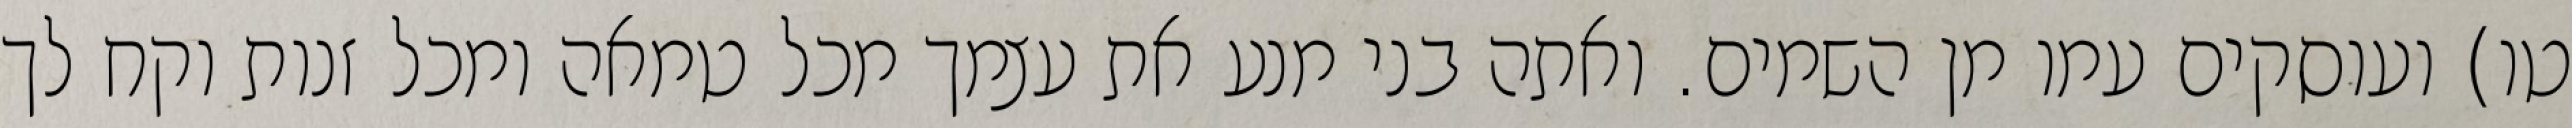
טו) ועוסקים עמו מן השמים. ואתה בני מנע את עצמך מכל טמאה ומכל זנות וקח לך